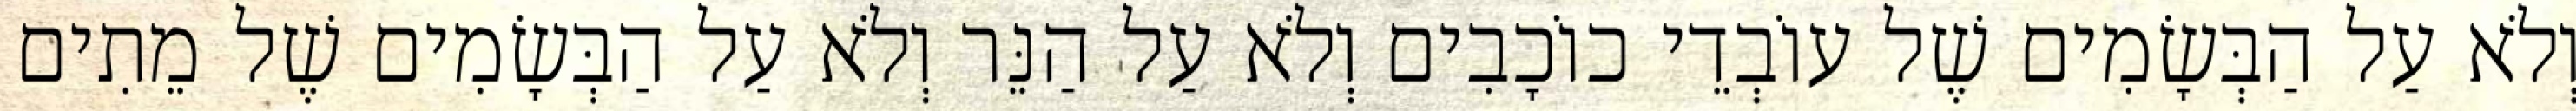
וְלֹא עַל הַבְּשָׂמִים שֶׁל עוֹבְדֵי כוֹכָבִים וְלֹא עַל הַנֵּר וְלֹא עַל הַבְּשָׂמִים שֶׁל מֵתִים